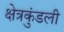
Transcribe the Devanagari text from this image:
क्षेत्रकुंडली